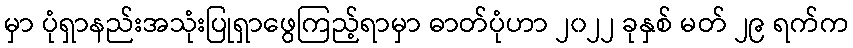
မှာ ပုံရှာနည်းအသုံးပြုရှာဖွေကြည့်ရာမှာ ဓာတ်ပုံဟာ ၂၀၂၂ ခုနှစ် မတ် ၂၉ ရက်က